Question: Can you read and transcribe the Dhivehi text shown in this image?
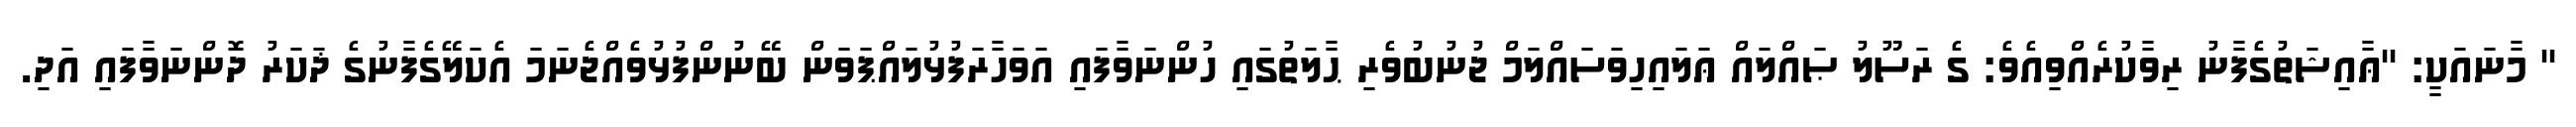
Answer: '' މާނައަކީ: ''ޢާއިޝަތުގެފާނު ރިވާކުރެއްވިއެވެ: ގެ ރަސޫލު ޞައްލައް ޢަލައިހިވަސައްލަމް ޖުނުބުވެރި ޙާލަތުގައި ހުންނަވާފައި އަވަހާރަފުޅުލައްޕަވަން ބޭނުންފުޅުވެއްޖެނަމަ އެކަލޭގެފާނުގެ ޛަކަރު ދޮންނަވާފައި އަދި.